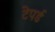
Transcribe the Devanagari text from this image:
टेपर्ड